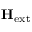
\mathbf { H } _ { \mathrm { e x t } }